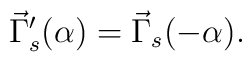
\vec{\Gamma}_s^\prime (\alpha) = \vec{\Gamma}_s (-\alpha) .